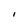
Character: I